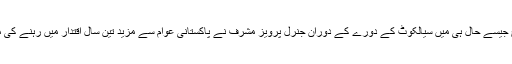
بلکل اس طرح جیسے حال ہی میں سیالکوٹ کے دورے کے دوران جنرل پرویز مشرف نے پاکستانی عوام سے مزید تین سال اقتدار میں رہنے کی مانگ کی ہے۔